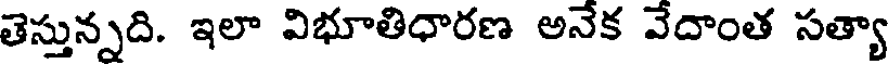
తెస్తున్నది. ఇలా విభూతిధారణ అనేక వేదాంత సత్యా